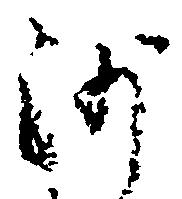
沙